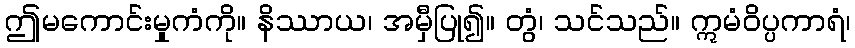
ဤမကောင်းမှုကံကို။ နိဿာယ၊ အမှီပြု၍။ တွံ၊ သင်သည်။ ဣမံဝိပ္ပကာရံ၊